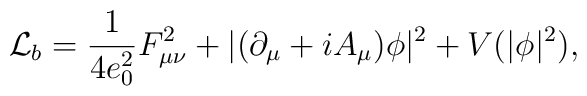
{\cal L}_b=\frac{1}{4e_0^2}F_{\mu\nu}^2+|(\partial_\mu+iA_\mu)\phi|^2+V(|\phi|^2),